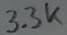
Text: 3.3k